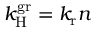
k _ { \mathrm { H } } ^ { \mathrm { g r } } = k _ { \mathrm { r } } n